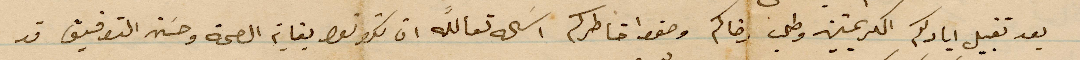
بعد تقبيل اياديكم الكريمتين وطلب رضاكم وحفظ خاطركم اسال الله تعالى ان تكونوا بغاية الصحة وحسن التوفيق قد